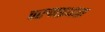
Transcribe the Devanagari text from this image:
वरुणप्रधास